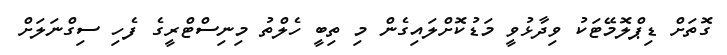
ގޮތަށް ޑިޕްލޮމޭޓަކު ވިދާޅުވީ މަޑުކޮށްލައިގެން މި ތިބީ ހެލްތު މިނިސްޓްރީގެ ފެހި ސިގްނަލަށް